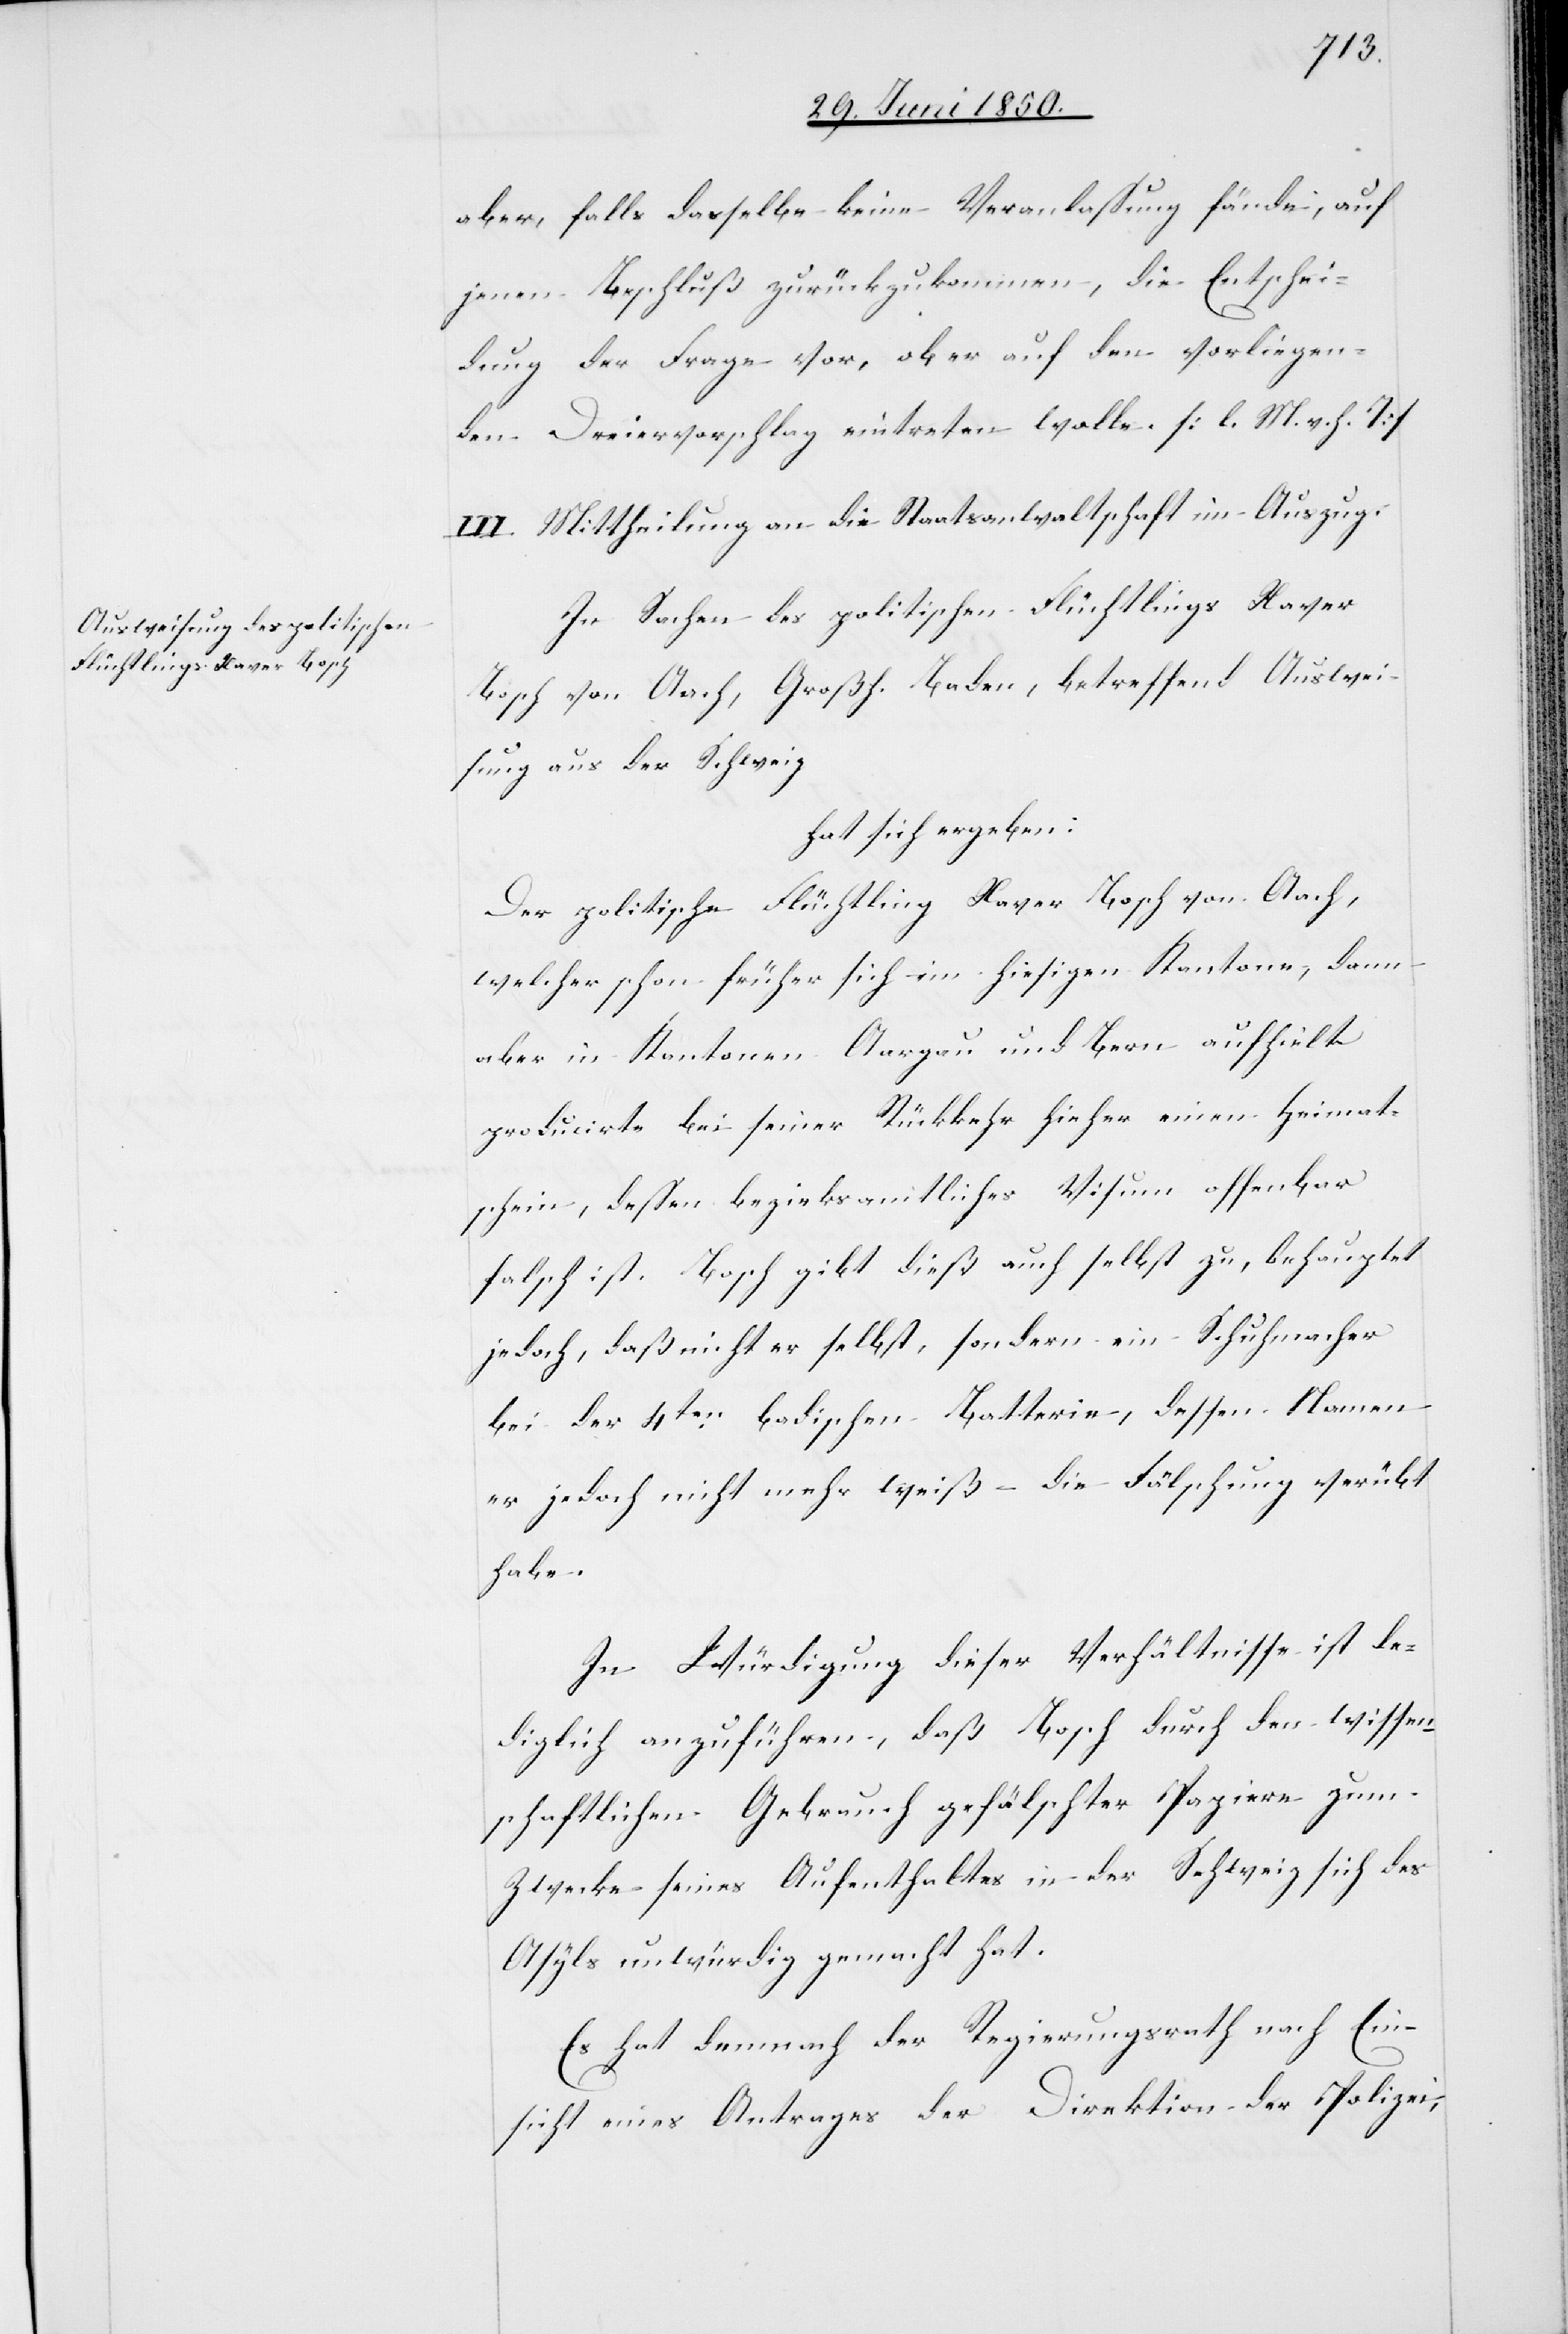
aber, falls dasselbe keine Veranlassung fände, auf
jenen Beschluß zurückzukommen, die Entschei¬
dung der Frage vor, ob er auf den vorliegen¬
den Dreiervorschlag eintreten wolle. [l. M. v. h. T]
II.] Mittheilung an die Staatsanwaltschaft im Auszug.
In Sachen des politischen Flüchtlings Xaver
Bosch von Aach, Großh. Baden, betreffend Auswei¬
sung aus der Schweiz
hat sich ergeben:
Der politische Flüchtling Xaver Bosch von Aach,
welcher schon früher sich im hiesigen Kantone, dann
[den] Kantonen Aargau und Bern aufhielt
producirte bei seiner Rückkehr hieher einen Heimat¬
schein, dessen bezirksamtliches Visum offenbar
falsch ist. Bosch gibt dieß auch selbst zu, behauptet
jedoch, daß nicht er selbst, sondern ein Schuhmacher
bei der 4ten badischen Batterie, dessen Namen
er jedoch nicht mehr weiß – die Fälschung verübt
habe.
In Würdigung dieser Verhältnisse ist le¬
diglich anzuführen, daß Bosch durch den wissen¬
schaftlichen Gebrauch gefälschter Papiere zum
Zwecke seines Aufenthaltes in der Schweiz sich des
Asyls unwürdig gemacht hat.
Es hat demnach der Regierungsrath nach Ein¬
sicht eines Antrages der Direktion der Polizei,